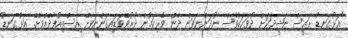
"އަޅުގަނޑު ރައީސް ނަޝީދަކަށް ދުވަހަކުވެސް ނުދަންނަވަން ދެން ވެރިކަމުން ދުރުވެވަޑައިގަންނަވާށޭ އިސްތިއުފާދެެއްވާށޭ. އަޅުގަނޑު